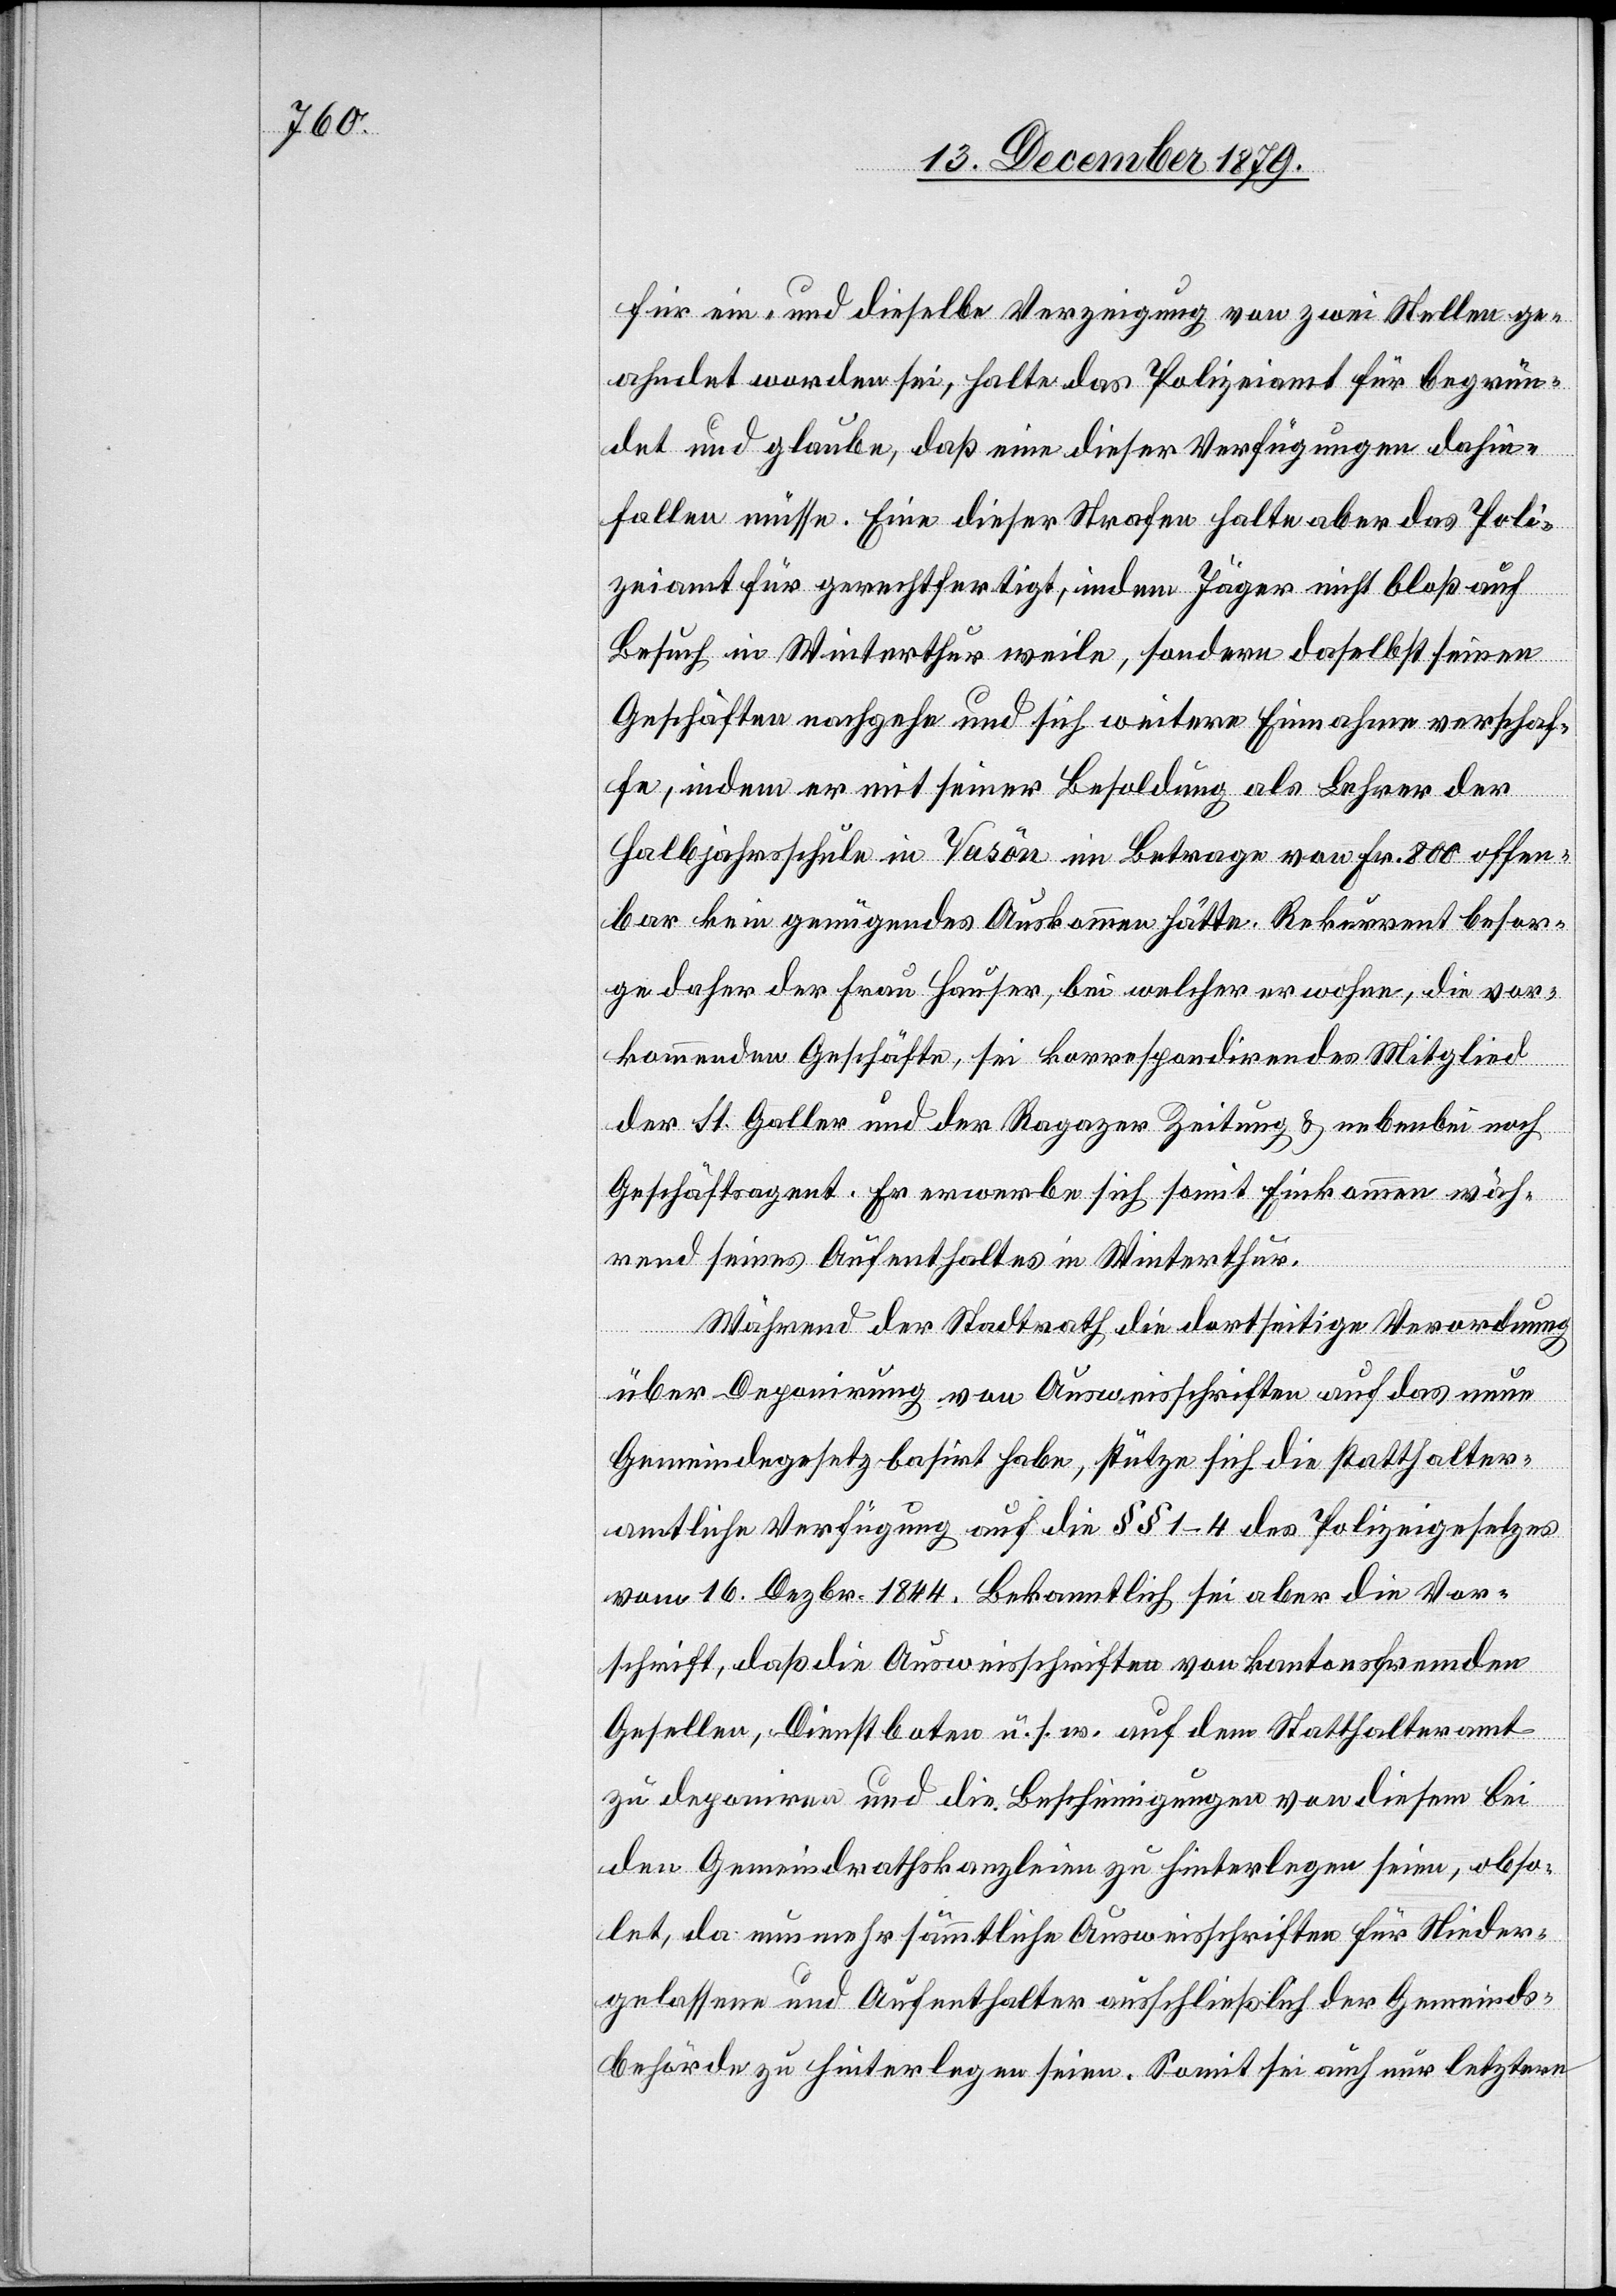
für ein und dieselbe Verzeigung von zwei Stellen ge¬
ahndet worden sei, halte das Polizeiamt für begrün¬
det und glaube, daß eine dieser Verfügungen dahin¬
fallen müsse. Eine dieser Strafen halte aber das Poli¬
zeiamt für gerechtfertigt, indem Jäger nicht bloß auf
Besuch in Winterthur weile, sondern daselbst seinen
Geschäften nachgehe und sich weitere Einnahmen verschaf¬
fe, indem er mit seiner Besoldung als Lehrer der
Halbjahresschule in Vasôn im Betrage von Fr. 800 offen¬
bar kein genügendes Auskommen hätte. Rekurrent besor¬
ge daher der Frau Hauser, bei welcher er wohne, die vor¬
kommenden Geschäfte, sei korrespondirendes Mitglied
der St. Galler und der Ragazer Zeitung & nebenbei noch
Geschäftsagent. Er erwerbe sich somit Einkommen wäh¬
rend seines Aufenthaltes in Winterthur.
Während der Stadtrath die dortseitige Verordnung
über Deponirung von Ausweisschriften auf das neue
Gemeindegesetz basirt habe, stütze sich die statthalter¬
amtliche Verfügung auf die §§ 1–4 des Polizeigesetzes
vom 16. Dezbr. 1844. Bekanntlich sei aber die Vor¬
schrift, daß die Ausweisschriften von kantonsfremden
Gesellen Dienstboten u. s. w. auf dem Statthalteramt
zu deponiren und die Bescheinigungen von diesen bei
den Gemeindrathskanzleien zu hinterlegen seien, obso¬
let, da nunmehr sämmtliche Ausweisschriften für Nieder¬
gelassene und Aufenthalter ausschließlich der Gemeinds¬
behörde zu hinterlegen seien. Somit sei auch nur letztere